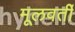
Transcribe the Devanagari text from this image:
मूलवर्ती